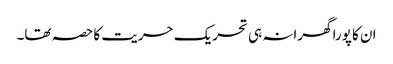
ان کا پورا گھرانہ ہی تحریک حریت کا حصہ تھا۔